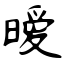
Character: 暧